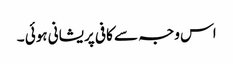
اس وجہ سے کافی پریشانی ہوئی ۔